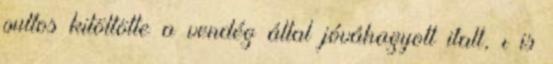
pultos kitöltötte a vendég által jóváhagyott italt, ı is